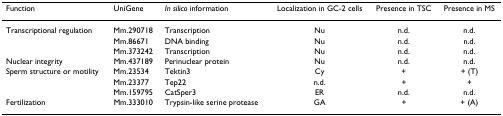
<table><thead><tr><td><b>Function</b></td><td><b>UniGene</b></td><td><b><i>In silico </i>information</b></td><td><b>Localization in GC-2 cells</b></td><td><b>Presence in TSC</b></td><td><b>Presence in MS</b></td></tr></thead><tbody><tr><td>Transcriptional regulation</td><td>Mm.290718</td><td>Transcription</td><td>Nu</td><td>n.d.</td><td>n.d.</td></tr><tr><td></td><td>Mm.86671</td><td>DNA binding</td><td>Nu</td><td>n.d.</td><td>n.d.</td></tr><tr><td></td><td>Mm.373242</td><td>Transcription</td><td>Nu</td><td>n.d.</td><td>n.d.</td></tr><tr><td>Nuclear integrity</td><td>Mm.437189</td><td>Perinuclear protein</td><td>Nu</td><td>n.d.</td><td>n.d.</td></tr><tr><td>Sperm structure or motility</td><td>Mm.23534</td><td>Tektin3</td><td>Cy</td><td>+</td><td>+ (T)</td></tr><tr><td></td><td>Mm.23377</td><td>Tep22</td><td>n.d.</td><td>+</td><td>+</td></tr><tr><td></td><td>Mm.159795</td><td>CatSper3</td><td>ER</td><td>n.d.</td><td>n.d.</td></tr><tr><td>Fertilization</td><td>Mm.333010</td><td>Trypsin-like serine protease</td><td>GA</td><td>+</td><td>+ (A)</td></tr></tbody></table>